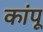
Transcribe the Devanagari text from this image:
कांपू